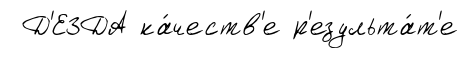
Д'ЕЗДА ка́честв'е р'езульта́т'е